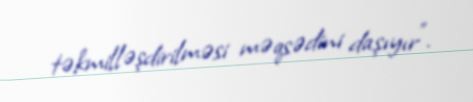
təkmilləşdirilməsi məqsədini daşıyır”.